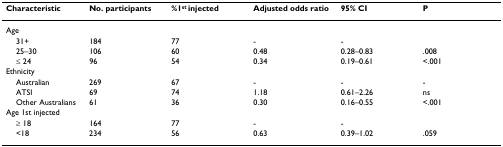
<table><thead><tr><td><b>Characteristic</b></td><td><b>No. participants</b></td><td><b>%1<sup>st </sup>injected</b></td><td><b>Adjusted odds ratio</b></td><td><b>95% CI</b></td><td><b>P</b></td></tr></thead><tbody><tr><td>Age</td><td></td><td></td><td></td><td></td><td></td></tr><tr><td> 31+</td><td>184</td><td>77</td><td>-</td><td>-</td><td></td></tr><tr><td> 25–30</td><td>106</td><td>60</td><td>0.48</td><td>0.28–0.83</td><td>.008</td></tr><tr><td> ≤ 24</td><td>96</td><td>54</td><td>0.34</td><td>0.19–0.61</td><td>&lt;.001</td></tr><tr><td>Ethnicity</td><td></td><td></td><td></td><td></td><td></td></tr><tr><td> Australian</td><td>269</td><td>67</td><td>-</td><td>-</td><td>-</td></tr><tr><td> ATSI</td><td>69</td><td>74</td><td>1.18</td><td>0.61–2.26</td><td>ns</td></tr><tr><td> Other Australians</td><td>61</td><td>36</td><td>0.30</td><td>0.16–0.55</td><td>&lt;.001</td></tr><tr><td>Age 1st injected</td><td></td><td></td><td></td><td></td><td></td></tr><tr><td> ≥ 18</td><td>164</td><td>77</td><td>-</td><td>-</td><td></td></tr><tr><td> &lt;18</td><td>234</td><td>56</td><td>0.63</td><td>0.39–1.02</td><td>.059</td></tr></tbody></table>